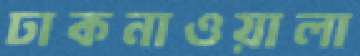
ঢাকনাওয়ালা